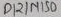
Text: D12/MISO